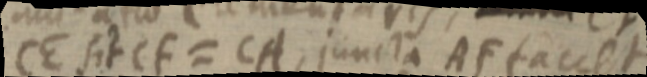
CE sit CF = CA, juncta AF faciet